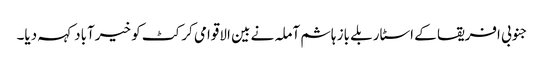
جنوبی افریقا کے اسٹار بلے باز ہاشم آملہ نے بین الاقوامی کرکٹ کو خیرآباد کہہ دیا۔